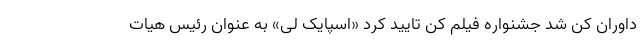
داوران کن شد جشنواره فیلم کن تایید کرد «اسپایک لی» به عنوان رئیس هیات